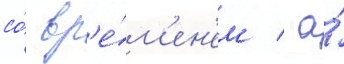
со́ вр'е́м'ен'ем / а́